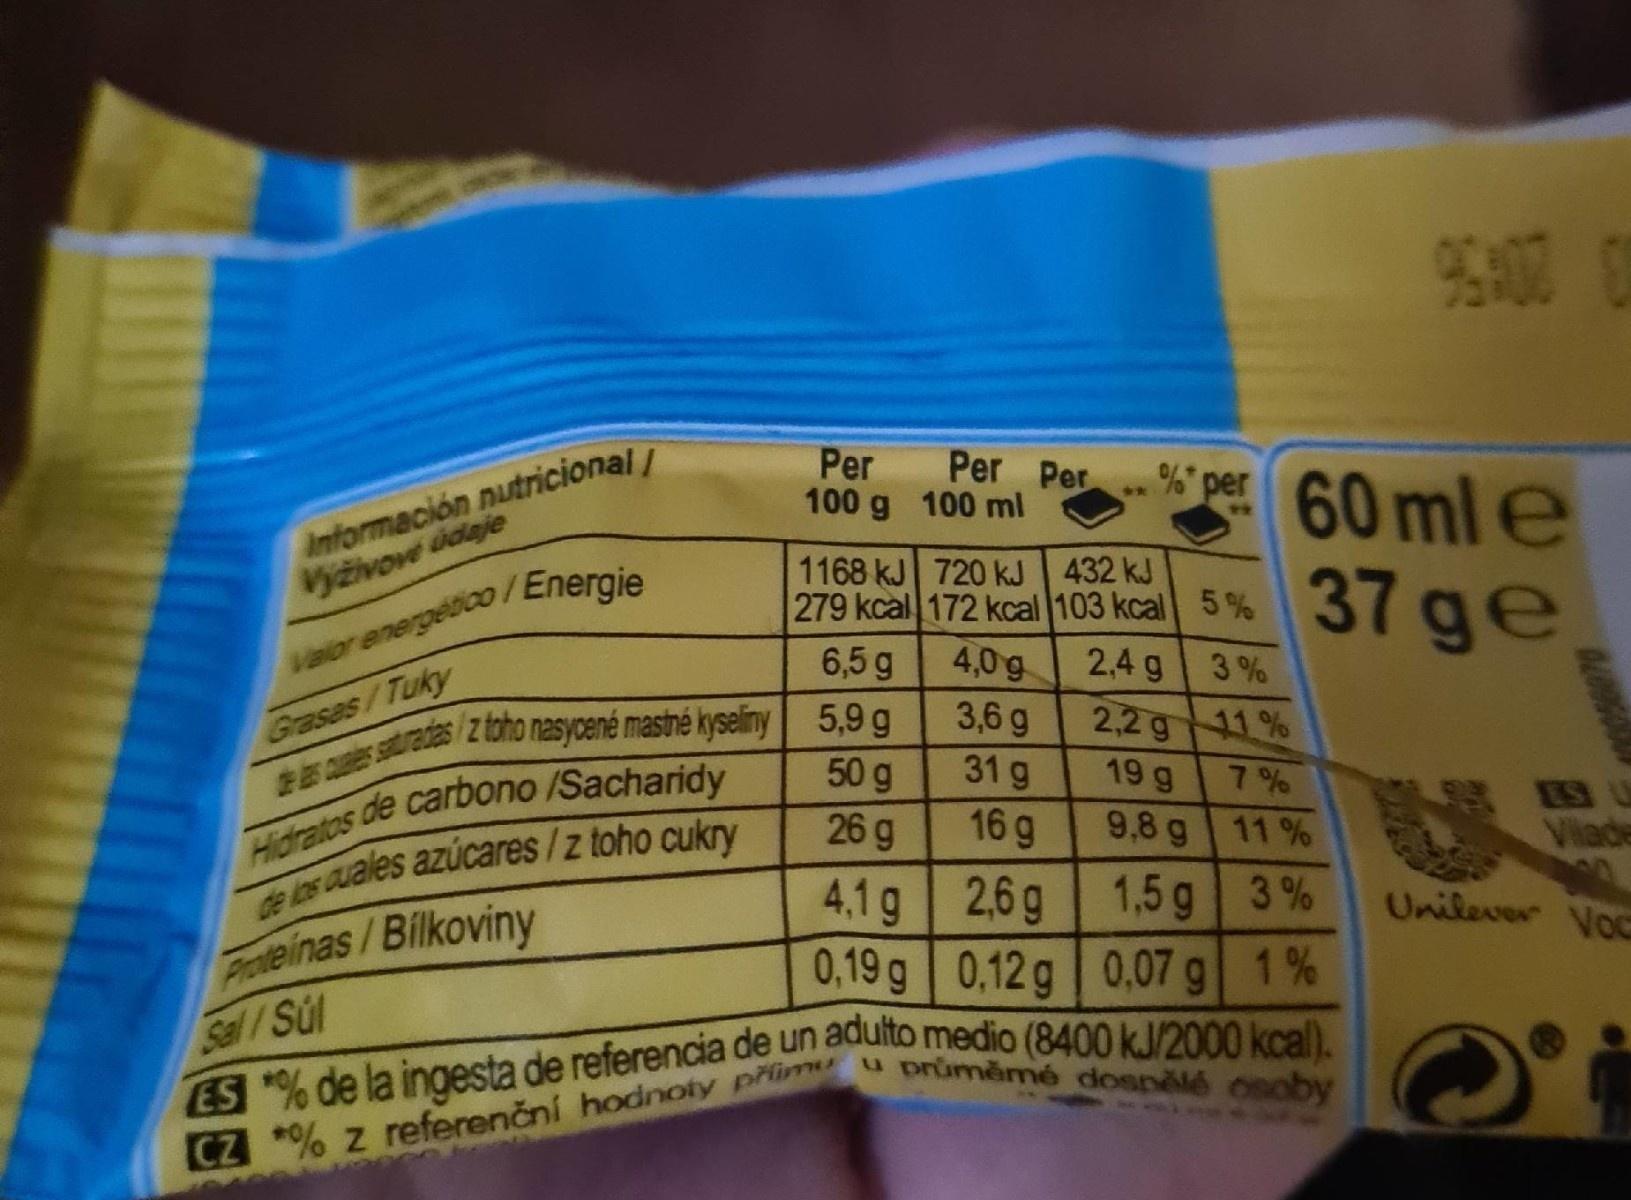
96400 0
Información nutricional/ Vyzivove ddaje
Per Per Per 100 g 100 ml
* % per
60 ml e 37ge
1168 kJ 720 kJ 432 kJ 279 kcal 172 kcal 103 kcal 5 %
Valor energebco /Eneroie
Grases/Tuky 2 ces sturadas/ z toho nasycené mastné kyseiny 5,9 g Hidratos de carbono /Sacharidy de los auales azúcares/z toho cukry Froteinas/Bilkoviny Sal / Súl
6,5 g
4,0g
2,4 g 3 % 2,2 g 11 %
3,6 g
50 g
31 g
19 g
7 % 9,8 g 11 %
26 g
16 g
Vilade
4,1g 2,6g 1,5 g 3 % 0,19 g 0,12g 0,07 g 1%
Unilever VoG
ES % de la ingesta de referencia de un adulto medio (8400 kJ/2000 kcal).
u průměmé dospělé osoby
CZ *% z referenční hodnoty přimu